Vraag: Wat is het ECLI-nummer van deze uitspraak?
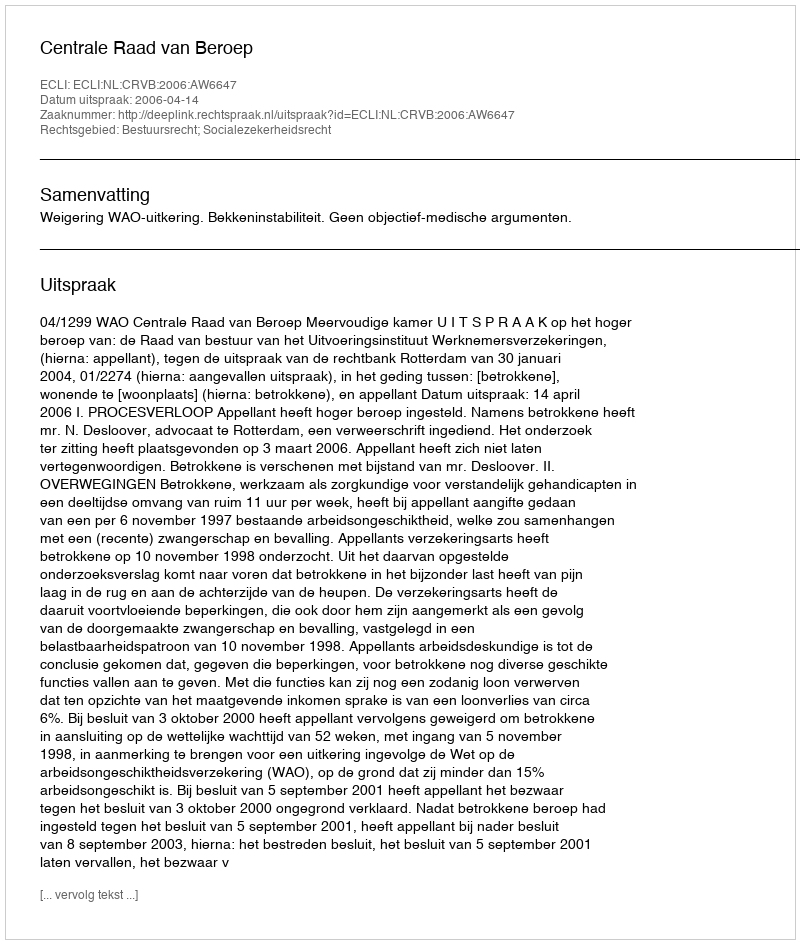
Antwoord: ECLI:NL:CRVB:2006:AW6647